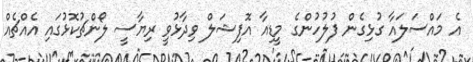
އެ މައްސަލައާ ގުޅިގެން ފުލުހުންގެ މީޑިއާ އޮފިޝަލް ވިދާޅުވީ ރިޔާސީ ލޯންޗުކޮޅުގައި އެއްޗެއް